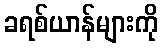
ခရစ်ယာန်များကို